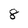
Character: 8